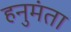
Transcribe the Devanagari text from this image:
हनुमंता